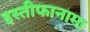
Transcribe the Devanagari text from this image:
इस्तीफानामा